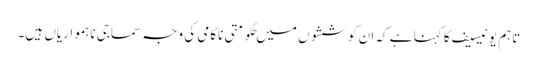
تاہم یونیسیف کا کہنا ہے کہ ان کوششوں میں ‍حکومتی ناکامی کی وجہ سماجی ناہمواریاں ہیں۔